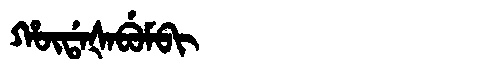
Manchu: ᡥᡡᡩᠠᡧᠠᠪᡠᠮᠪᡳ
Romanization: HŪDAŠABUMBI